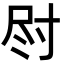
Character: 𫵛